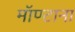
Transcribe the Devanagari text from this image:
मॉण्टाना